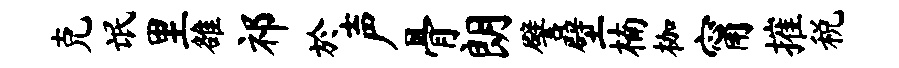
克氓里雒祁於声骨朗譬壁楠枷甯摧税